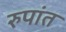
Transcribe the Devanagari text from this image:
रुपांत